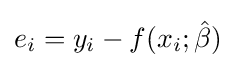
e_{i}=y_{i}-f(x_{i};{\hat {\beta }})